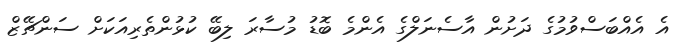
އެ އެއްބަސްވުމުގެ ދަށުން އާސެނަލްގެ އެންމެ ބޮޑު މުސާރަ ލިބޭ ކުޅުންތެރިއަކަށް ސަންޗޭޒް